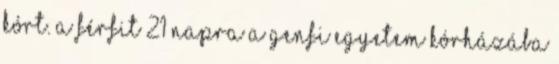
kórt. A férfit 21 napra a Genfi Egyetem kórházába